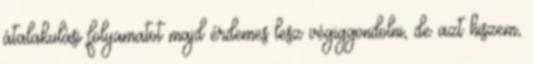
átalakulási folyamatot majd érdemes lesz végiggondolni, de azt hiszem,